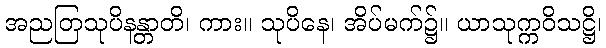
အညတြသုပိနန္တာတိ၊ ကား။ သုပိနေ၊ အိပ်မက်၌။ ယာသုက္ကဝိသဋ္ဌိ၊